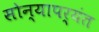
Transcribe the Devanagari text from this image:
सोन्यापर्यंत